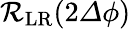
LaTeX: \mathcal{R}_{\mathrm{LR}}(2{\mathit\Delta\phi})